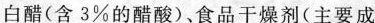
白醋(含3%的醋酸)。食品干燥剂(主要成